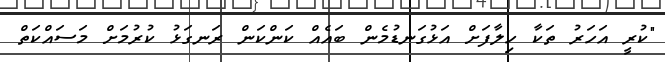
"ކުރީ އަހަރު ތަކާ ހިލާފަށް އަޅުގަނޑުމެން ބައެއް ކަންކަން ރަނގަޅު ކުރުމަށް މަސައްކަތް